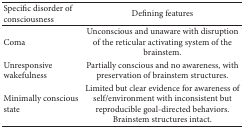
<table><thead><tr><td><b>Specific disorder of consciousness</b></td><td><b>Defining features</b></td></tr></thead><tbody><tr><td>Coma</td><td>Unconscious and unaware with disruption of the reticular activating system of the brainstem.</td></tr><tr><td>Unresponsive wakefulness</td><td>Partially conscious and no awareness, with preservation of brainstem structures.</td></tr><tr><td>Minimally conscious state</td><td>Limited but clear evidence for awareness of self/environment with inconsistent but reproducible goal-directed behaviors. Brainstem structures intact.</td></tr></tbody></table>